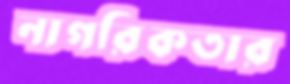
নাগরিকতার